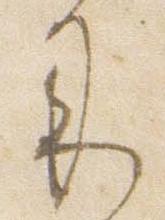
来